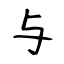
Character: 与